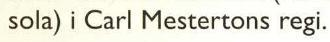
 sola) i Carl Mestertons regi.